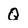
Character: Q